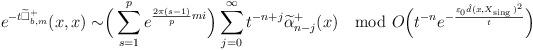
LaTeX: \begin{align*} e^{-t\widetilde{\Box}^+_{b,m}}(x,x)\sim \Bigr(\sum\limits^{p}_{s=1}e^{\frac{2\pi(s-1)}{p}mi}\Bigr)\sum^\infty_{j=0}t^{-n+j}\widetilde\alpha^+_{n-j}(x)\mod O\Bigr(t^{-n}e^{-\frac{\varepsilon_0\hat d(x,X_{\mathrm{sing\,}})^2}{t}}\Bigr)\end{align*}